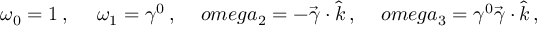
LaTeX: \omega _ { 0 } = 1 \, , \ \ \ \ \omega _ { 1 } = \gamma ^ { 0 } \, , \ \ \ \, o m e g a _ { 2 } = - \vec { \gamma } \cdot \hat { k } \, , \ \ \ \, o m e g a _ { 3 } = \gamma ^ { 0 } \vec { \gamma } \cdot \hat { k } \, ,